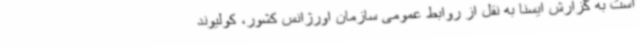
است به گزارش ایسنا به نقل از روابط عمومی سازمان اورژانس کشور، کولیوند